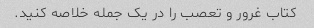
کتاب غرور و تعصب را در یک جمله خلاصه کنید.